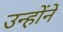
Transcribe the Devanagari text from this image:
उन्हाेंनें